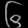
Digit: ၆